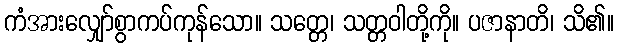
ကံအားလျှော်စွာကပ်ကုန်သော။ သတ္တေ၊ သတ္တဝါတို့ကို။ ပဇာနာတိ၊ သိ၏။